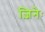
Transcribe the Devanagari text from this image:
ज़िनेः